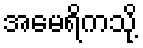
အမေရိကသို့